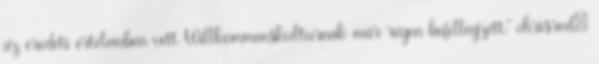
az eredeti értelemben vett Willkommenskulturnak már régen befellegzett," chrisred: